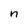
Character: n